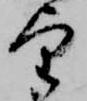
望